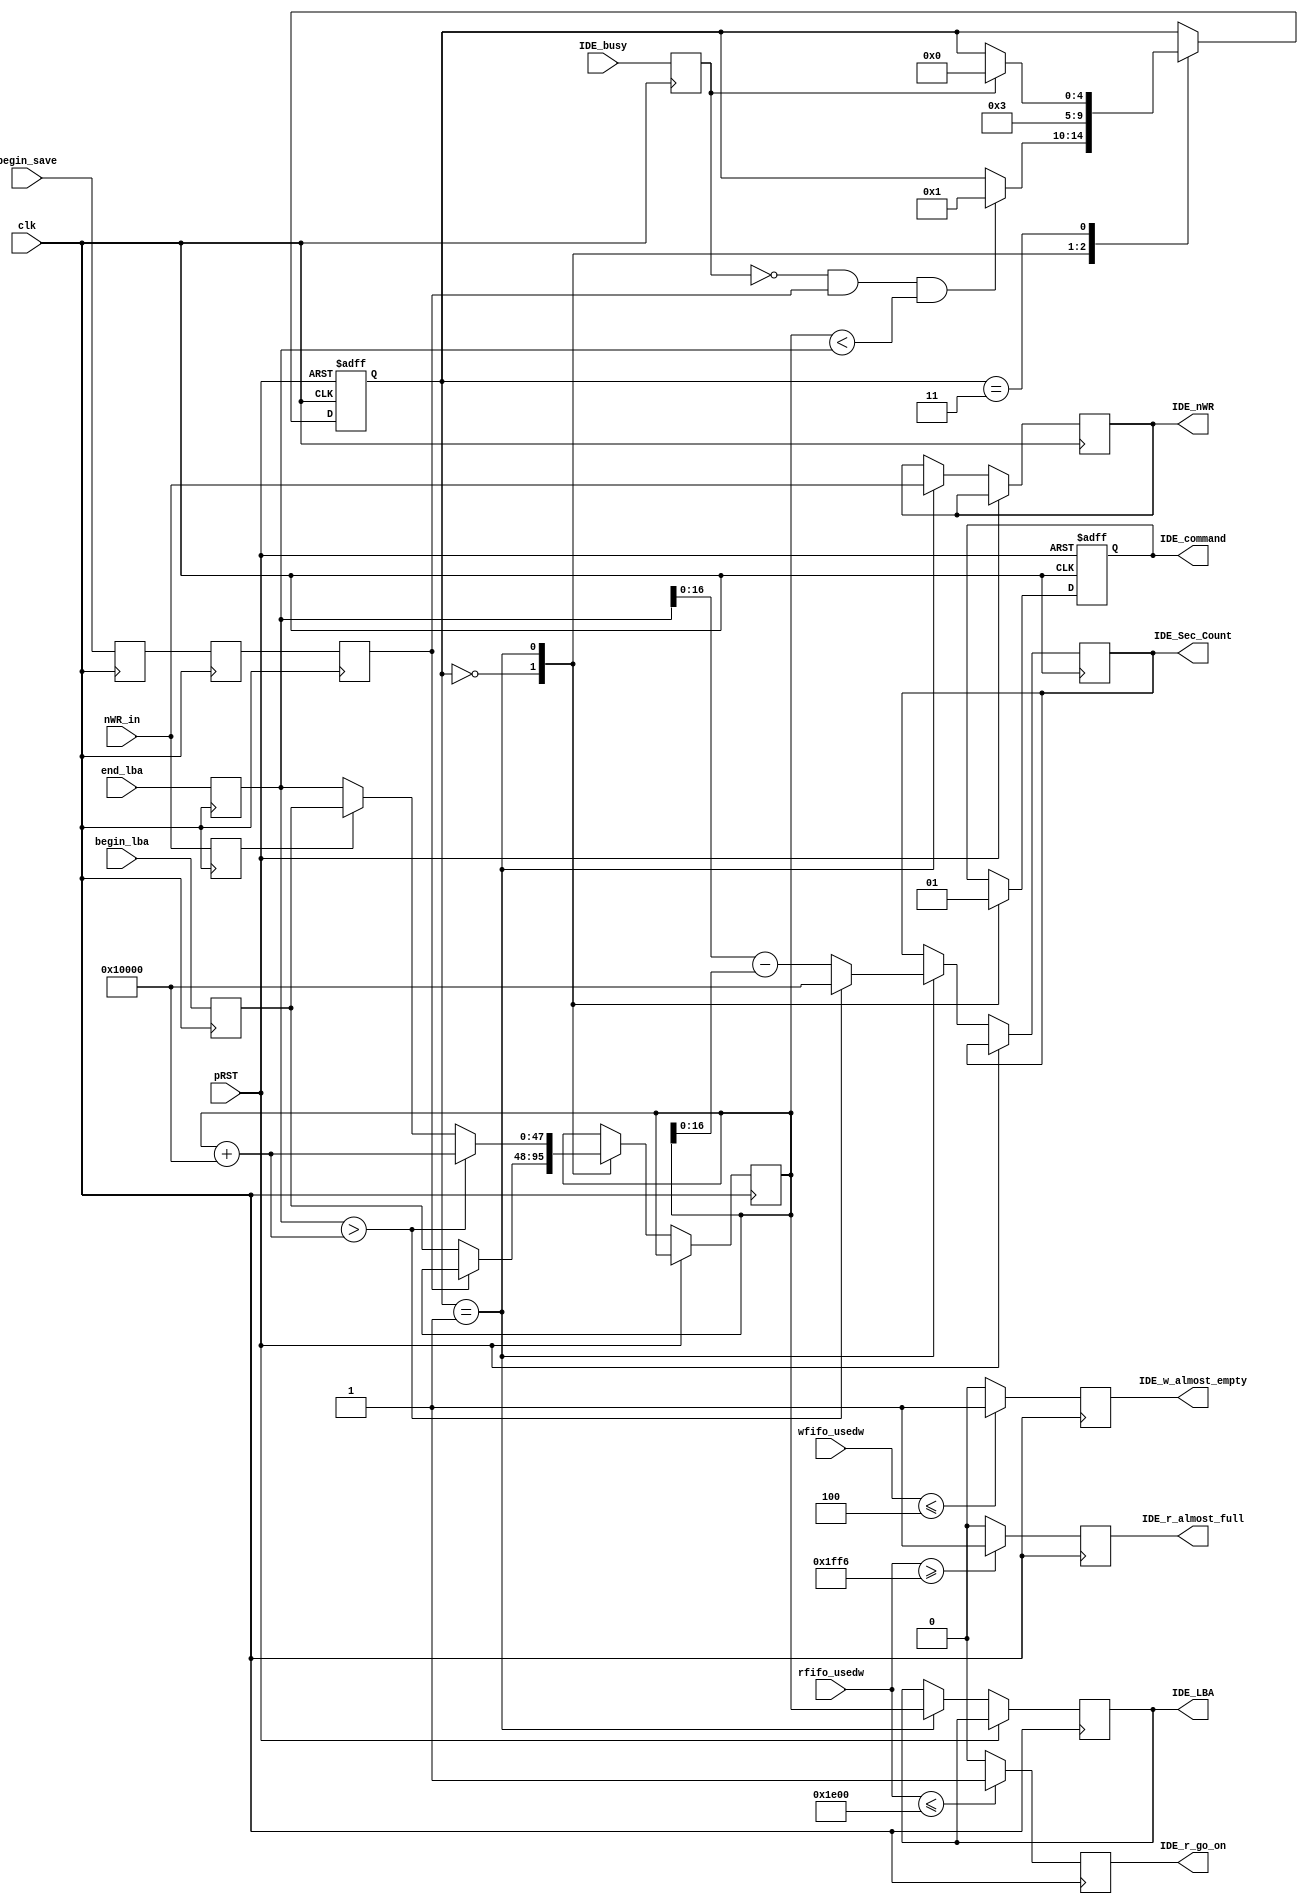
module IDE_IO_controller(
			input pRST,
			input clk,
			
			input  IDE_busy,
			input  begin_save,		
			input  nWR_in,	
			output reg IDE_command,
			output reg [16:0] IDE_Sec_Count,
			output reg [47:0] IDE_LBA,
			output reg IDE_nWR,
			
			input [12:0] wfifo_usedw,
			output reg IDE_w_almost_empty,
			
			input [12:0] rfifo_usedw,
			output reg IDE_r_almost_full,
			output reg IDE_r_go_on,
			
			input [47:0] begin_lba,
			input [47:0] end_lba
			);

always @(posedge clk)
begin
	if(wfifo_usedw<=12'd4)
		IDE_w_almost_empty<=1'd1;
	else
		IDE_w_almost_empty<=1'd0;
end

always @(posedge clk)
begin
	if(rfifo_usedw>=13'd8182)
		IDE_r_almost_full<=1'd1;
	else
		IDE_r_almost_full<=1'd0;
end

always @(posedge clk)
	if(rfifo_usedw<=13'd7680)
		IDE_r_go_on<=1;
	else
		IDE_r_go_on<=0;
		
reg [4:0] state;
reg first_begin;
reg begin_save_s1;
reg begin_save_s2;
reg begin_save_s3;
reg IDE_busy_reg;
reg nWR_in_reg;

reg [47:0]begin_lba_reg;
reg [47:0]end_lba_reg;

always @(posedge clk)
begin
	begin_save_s1<=begin_save;
	begin_save_s2<=begin_save_s1;
	begin_save_s3<=begin_save_s2;
	begin_lba_reg<=begin_lba;
	end_lba_reg<=end_lba;
	IDE_busy_reg<=IDE_busy;
	nWR_in_reg<=nWR_in;
end

reg [47:0] now_lba;
parameter idle=5'd0,send_a_command=5'd1,wait_ide_work=5'd3;
always @(posedge clk or posedge pRST)
if(pRST)
begin
	IDE_command<=1'd0;
	state<=idle;
	first_begin<=0;
	
end
else
	case(state)
	idle:
	begin
		IDE_command<=1'd0;
		if(begin_save_s3==0)
		begin
			now_lba<=begin_lba_reg;
		end
		if((IDE_busy_reg==1'd0) && (begin_save_s3==1) && (now_lba<end_lba_reg))
		begin
			state<=send_a_command;
		end
	end
	send_a_command:
	begin
		first_begin<=1;
		IDE_command<=1'd1;
		IDE_nWR<=nWR_in;
		IDE_LBA<=now_lba;
		
		if(end_lba_reg>now_lba+48'h10000)// no use
		begin
			now_lba<=now_lba+48'h10000;
			IDE_Sec_Count<=17'h10000;
		end
		else
		begin
			if(nWR_in_reg==0)
				now_lba<=end_lba_reg;
			else
				now_lba<=begin_lba_reg;//if read we do again				
			IDE_Sec_Count<=end_lba_reg-now_lba;
		end
		
		state<=wait_ide_work;
	end
	wait_ide_work:
	begin
		if(IDE_busy_reg==1'd1)
			state<=idle;
	end
	endcase
	
endmodule